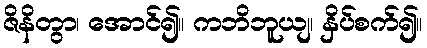
ဇိနိတွာ၊ အောင်၍။ ကဘိဘူယျ၊ နှိပ်စက်၍။